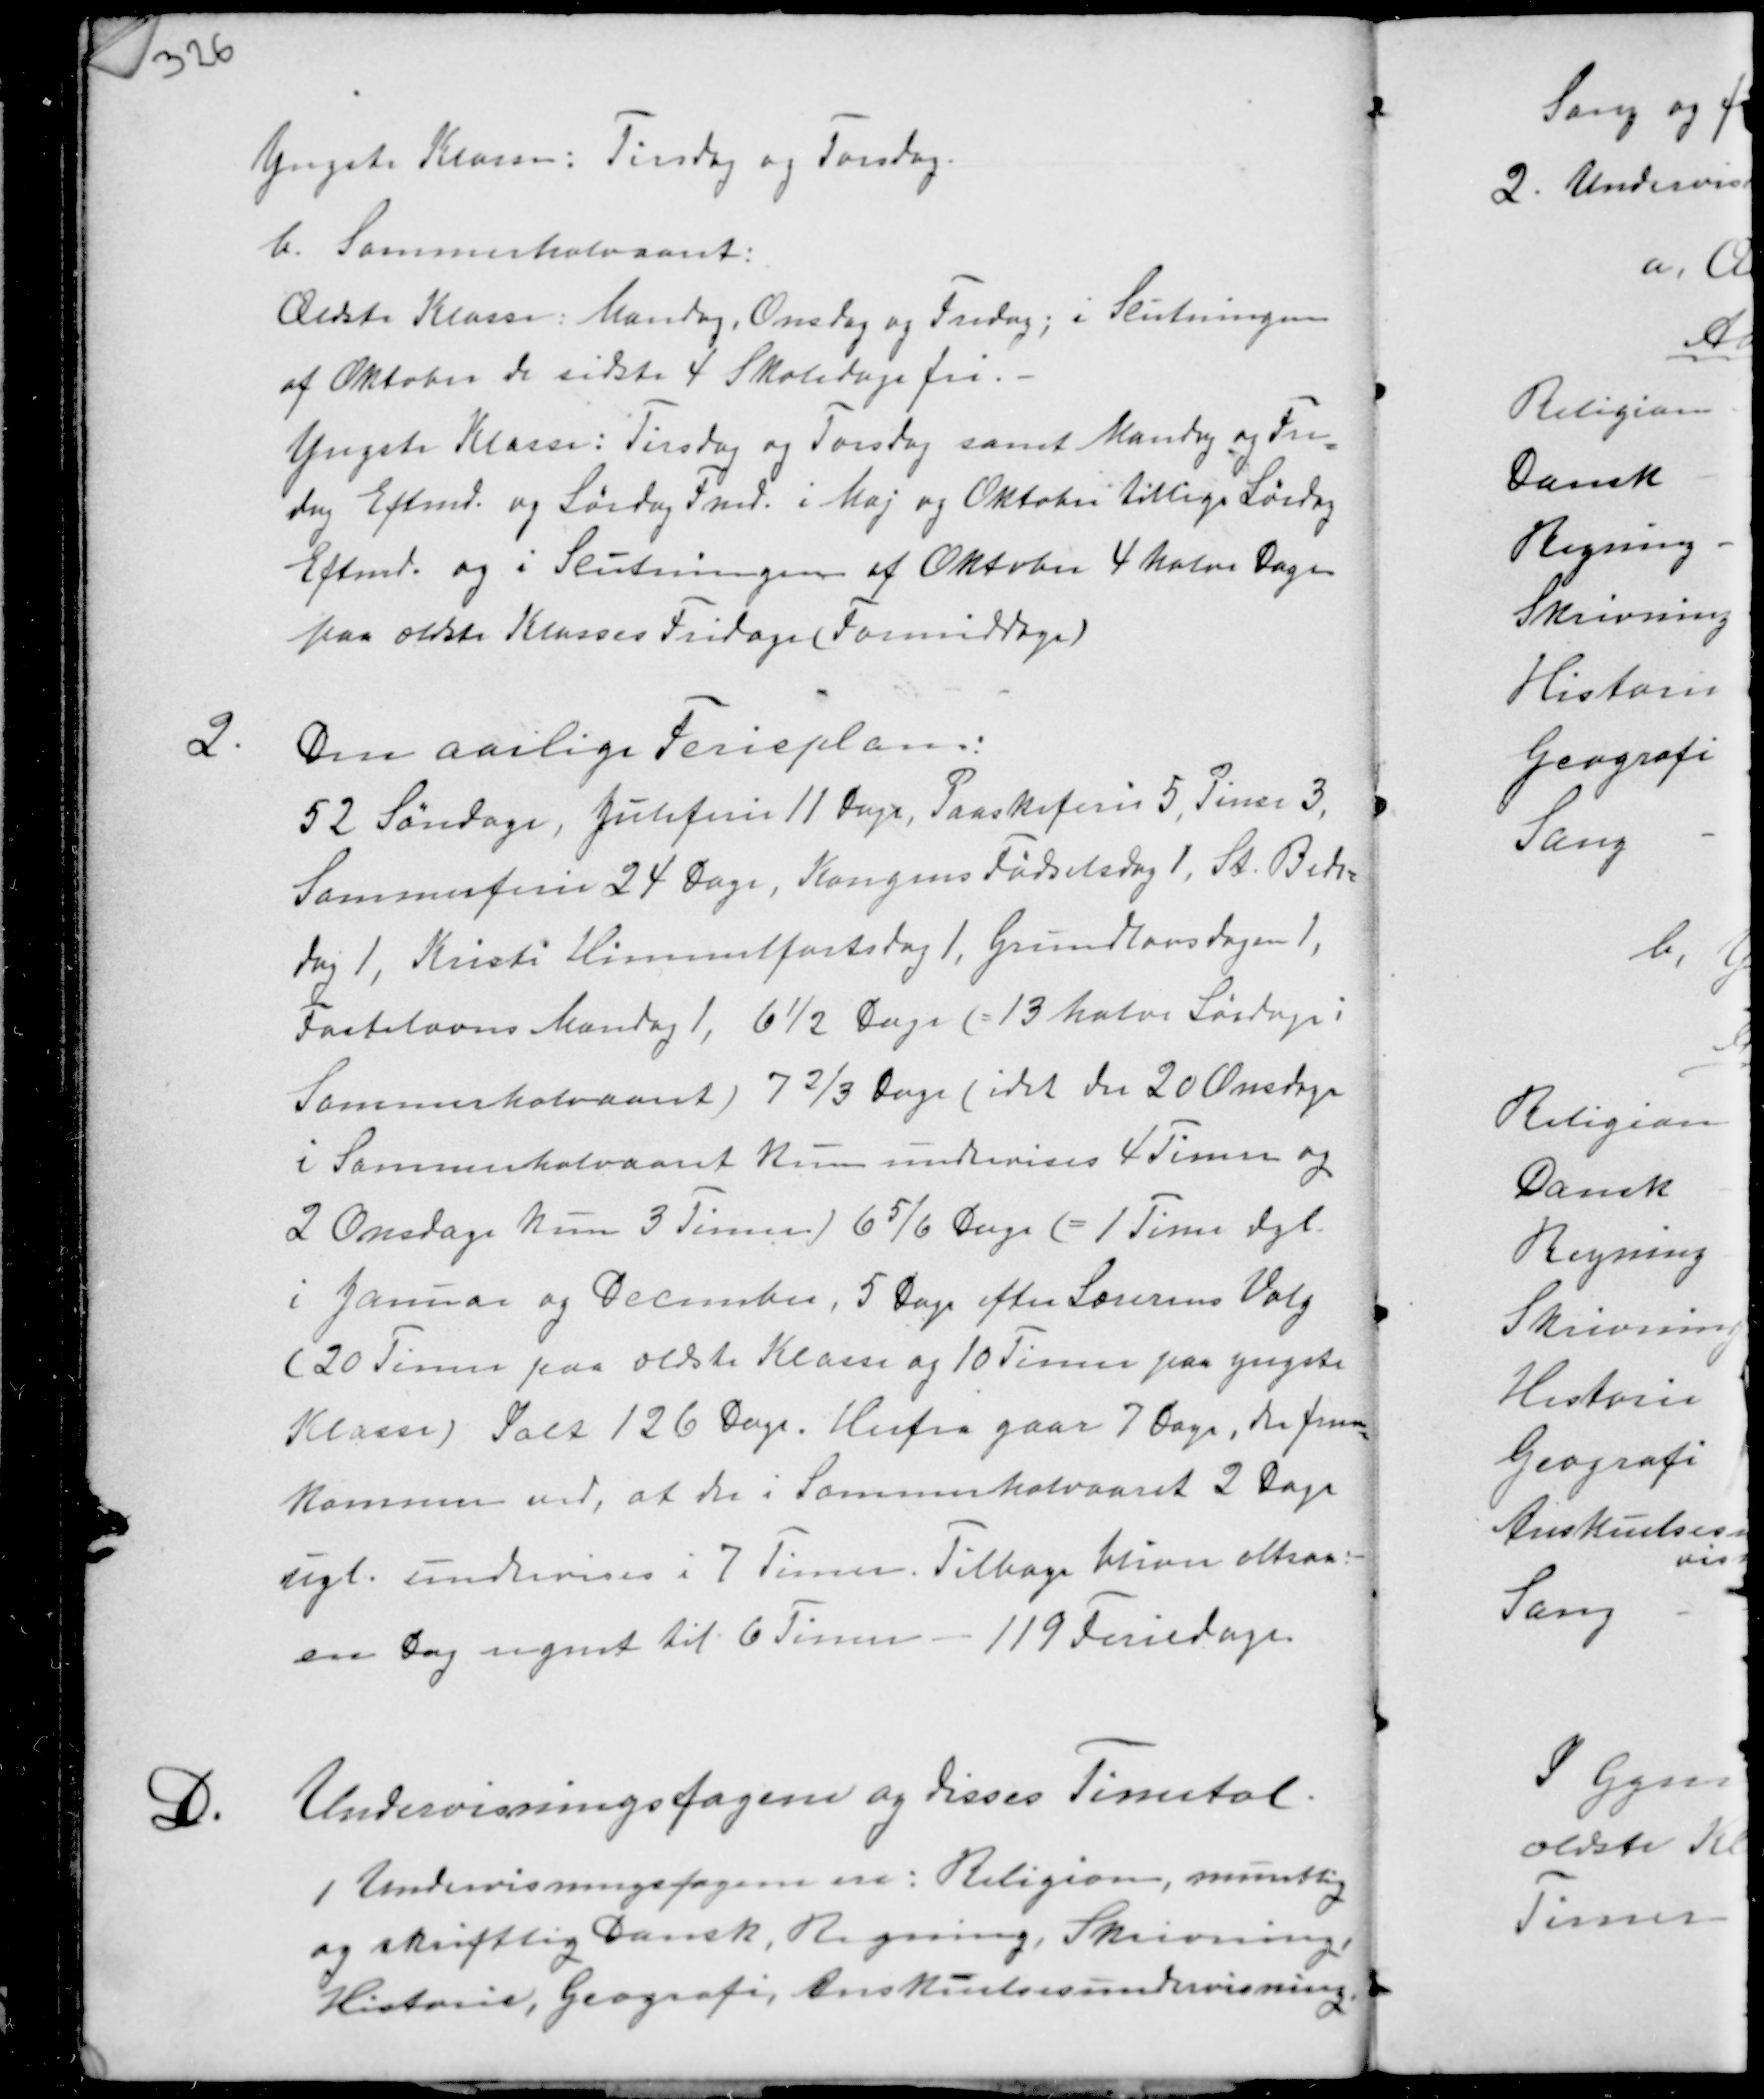
Transskription:
Yngste Klasser: Tirsdag og Torsdag.
b. Sommerhalvaaret:
Ældste KLasse: Mandag, Onsdag og Fredag; i Slutningen
af Oktober de sidste 4 Skoledagsfri. -
Yngste Klasse: Tirsdag og Torsdag samt Mandag og Fre-
dag Eftmd. og Lørdag Fmd. i Maj og Oktober tillige Lørdag
Eftmd. og i Slutningen af Oktober 4 halve Dage
paa ældste Klasses Fridage (Formiddage)

2.
Den aarlige Ferieplan:
52 Søndage, Juleferie 11 Dage, Paaskeferie 5, Pinse 3,
Sommerferie 24 Dage, Kongens Fødselsdag 1, St. Bede-
dag 1, Kristi Himmelfartsdag 1, Grundlovsdag 1,
Fastelavns Mandag 1, 6½ Dage (= 13 halve Lørdage i
Sommerhalvaaret) 7 2/3 Dage (idet der 20 Onsdage
i Sommerhalvaaret kun undervises 4 Timer og
2 Onsdage kun 3 Timer) 6 5/6 Dage (= 1 Time dgl.
i Januar og December, 5 Dage efter Lærerens Valg
(20 Timer paa Ældste Klasse og 10 Timer paa yngste
Klasse) Ialt 126 Dage. Herfra gaar 7 Dage, der frem-
kommer ved, at der i Sommerhalvaaret 2 Dage
ugt. undervises i 7 Timer. Tilbage bliver altsaa
en Dag regnet til 6 Timer - 119 Feriedage.

D.
Undervisningsfagene og disses Timetal.
1 Undervisningsfagene ere: Religion, muntlig
og skriftlig Dansk, Regning, Skrivning,
Historie, Geografi, Anskuelsesundervisning.